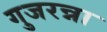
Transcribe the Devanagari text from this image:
गुजरन्ना